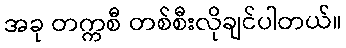
အခု တက္ကစီ တစ်စီးလိုချင်ပါတယ်။